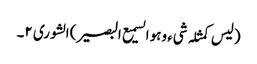
(لیس کمثلہ شیء وہو السمیع البصیر) الشوری ٢۔